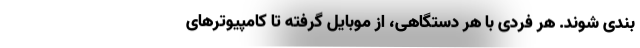
بندی ‌شوند. هر فردی با هر دستگاهی، از موبایل گرفته تا کامپیوترهای